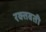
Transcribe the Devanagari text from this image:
रक्तवती